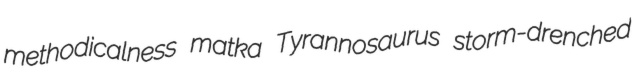
methodicalness matka Tyrannosaurus storm-drenched